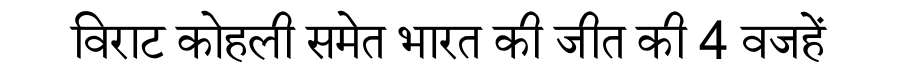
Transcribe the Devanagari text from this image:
विराट कोहली समेत भारत की जीत की 4 वजहें